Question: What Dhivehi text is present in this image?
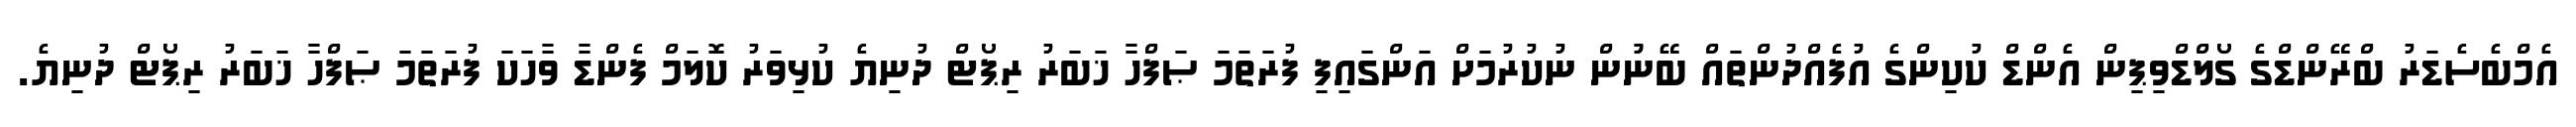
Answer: އެމްބެސެޑަރު ބްރޭންޑްގެ ގޯލްޑްވިޕިން އެންޑް ކުކިންގެ އުފެއްދުންތައް ބޭނުުން ނުކުރުމަށް އަންގައިފި ފުރަތަމަ ޞަފްހާ ޚަބަރު ރިޕޯޓް ދުނިޔެ ކުޅިވަރު ކޮލަމް ފެންޑާ ވާހަކަ ފުރަތަމަ ޞަފްހާ ޚަބަރު ރިޕޯޓް ދުނިޔެ.